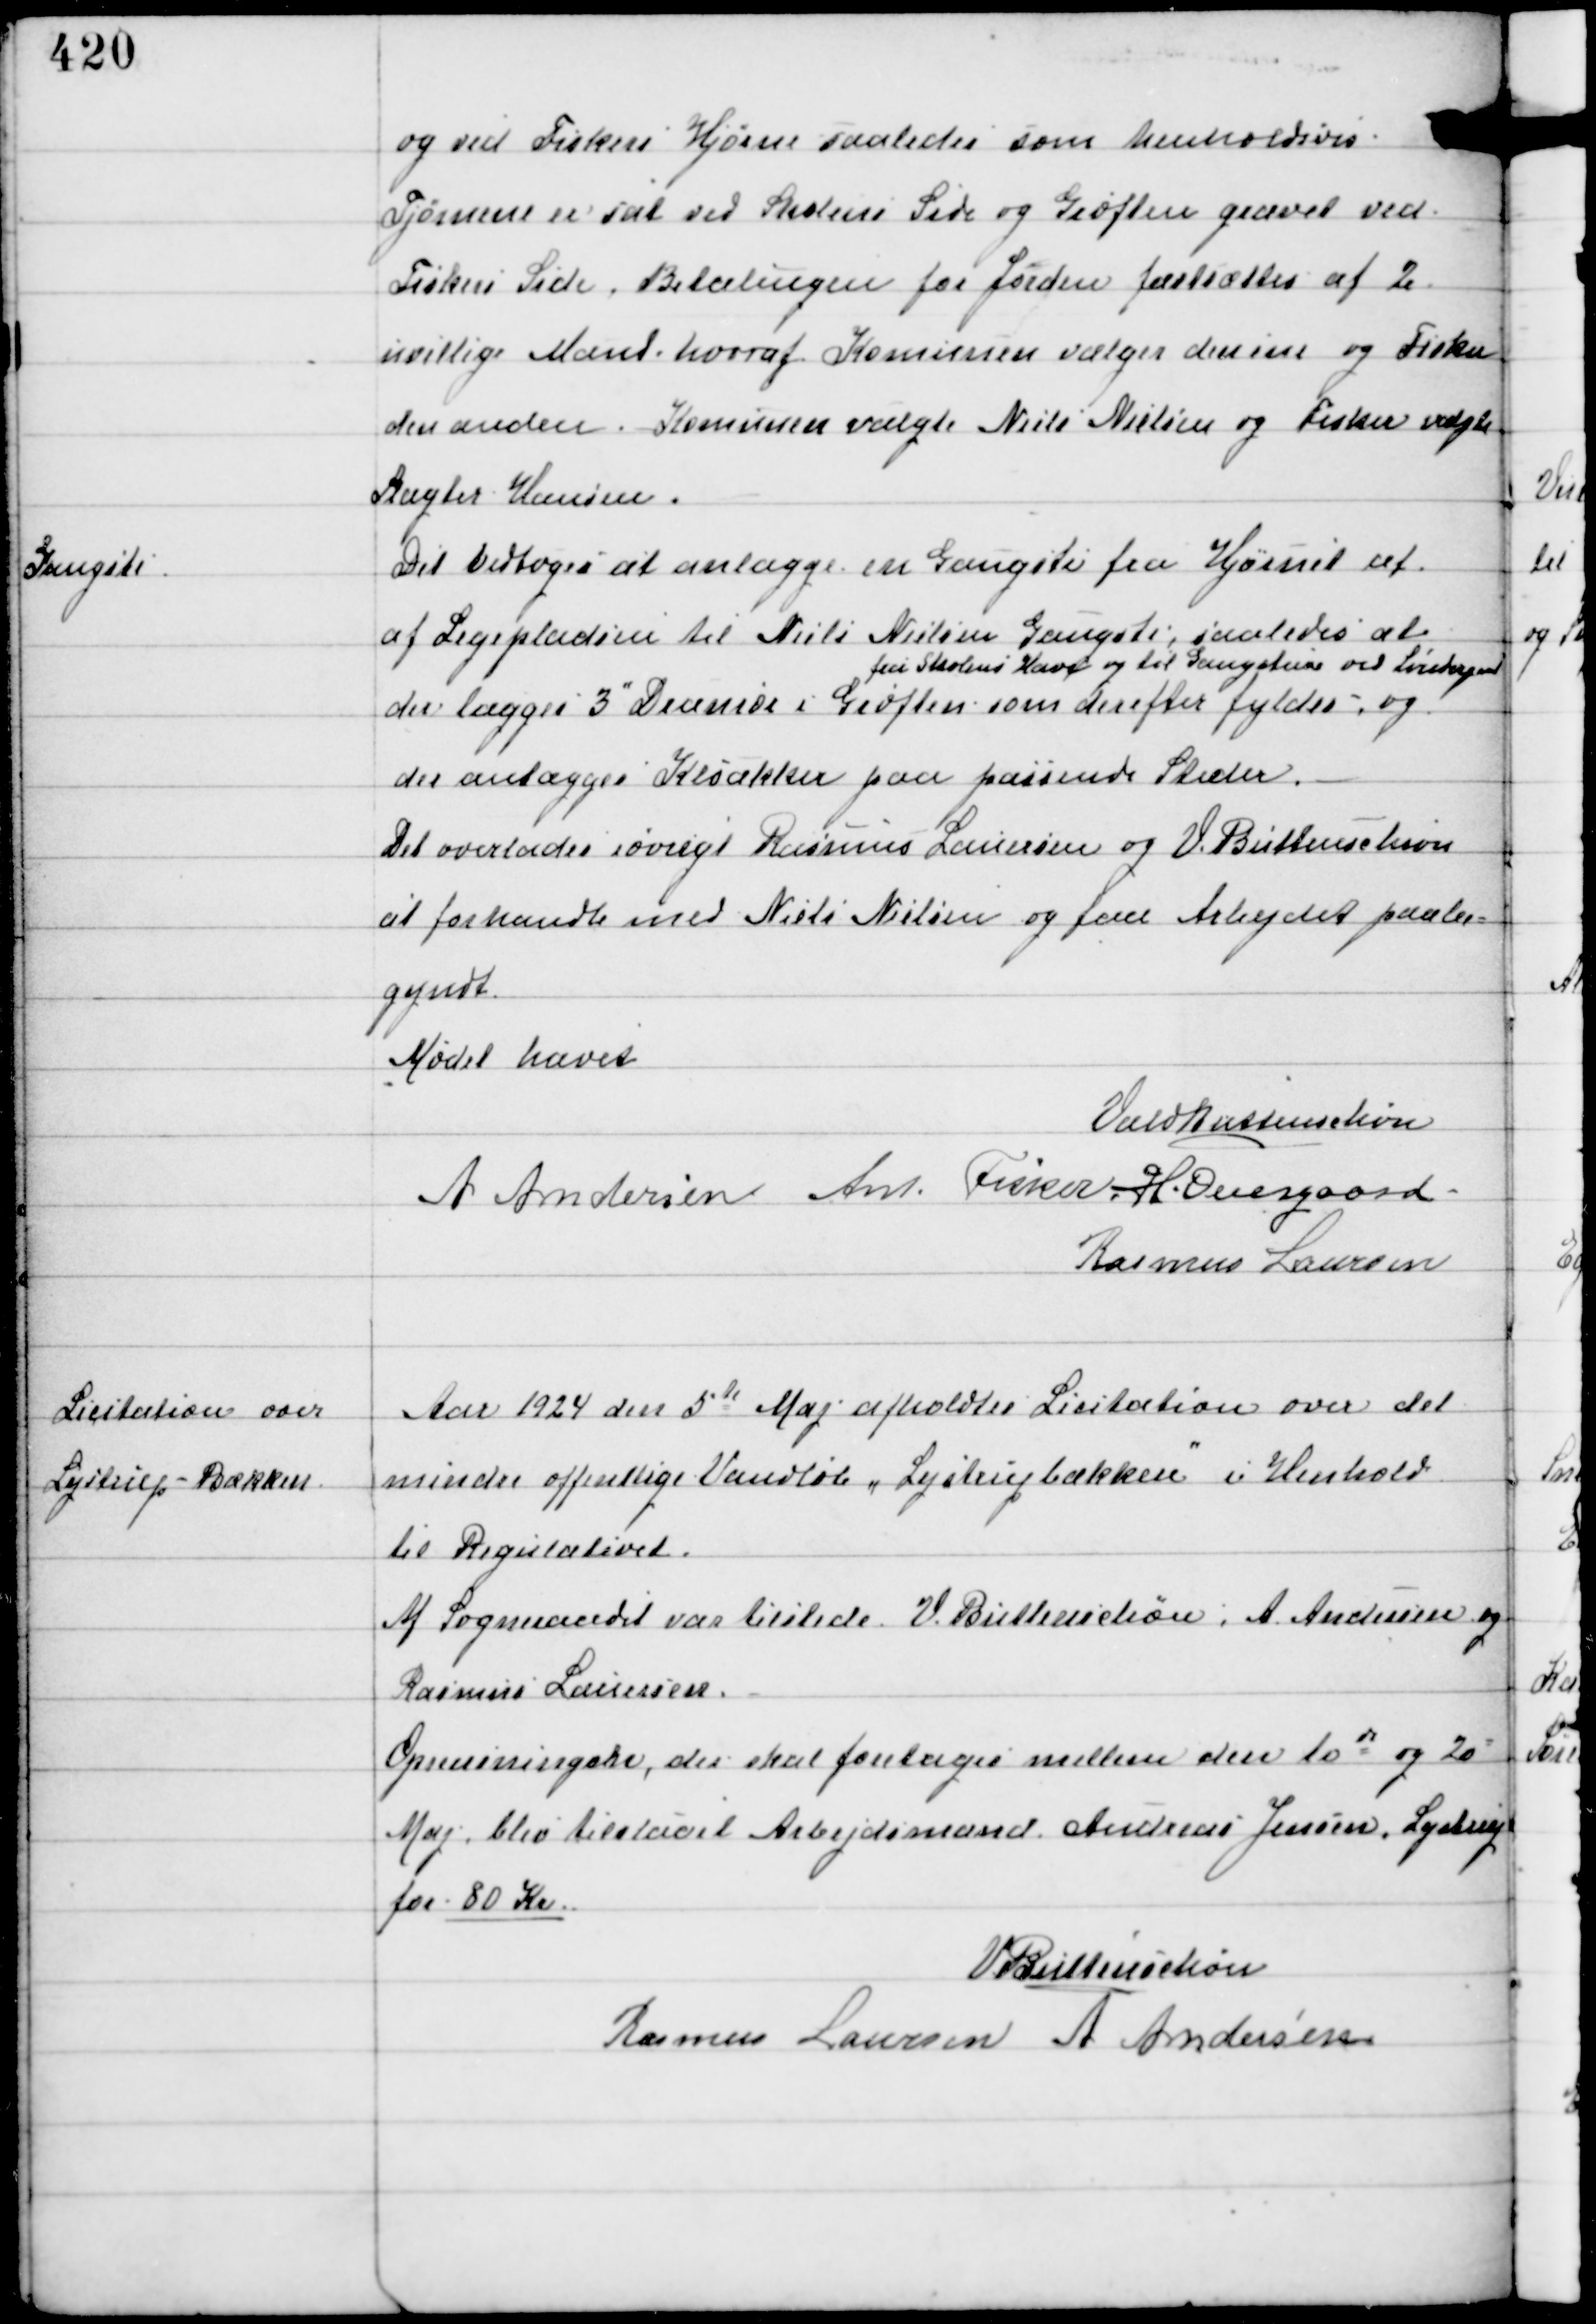
Transskription:
og ved Fiskers Hjørne saaledes som henholdsvis
Tjørnene er sat ved Skolens Side og Grøften gravet ved
Fiskers Side. Betalingen for Jorden fastsættes af 2
uvillige Mænd, hvoraf Komunen vælger den ene og Fisker
den anden. Komunen valgte Niels Nielsen og Fisker valgte
Slagter Hansen.

Gangsti

Det vedtoges at anlægge en Gangsti fra Hjørnet af
af Legepladsen til Niels Nielsens Gangsti, saaledes at
der lægges 3" Drænrør i Grøften
fra Skolens Have og til Gangstien ved Løvskovgaard
som derefter fyldes, og
der anlægges Kloakker på passende Steder.
Det overlodes iøvrigt Rasmus Laursen og V. Buttenschøn
at forhandle med Niels Nielsen og faa Arbejdet paabe-
gyndt

Mødet hævet
Vald Buttenschøn
A Andersen Ant. Fisker H. Overgaard
Rasmus Laursen

Licitation over
Lystrup-Bækken

Aar 1924 den 5te Maj afholdtes Licitation over det
mindre offentlige Vandløb, "Lystrupbækken" i Henhold
til Regulativet.
Af Sogneraadet var tilstede V. Buttenschøn A Andersen og
Rasmus Laursen
Oprensningen der skal foretages mellem den 10de og 20d
Maj blev tilstaaet Arbejdsmand Andreas Jensen, Lystrup
for 80 Kr.

V Buttenschøn
Rasmus Laursen A Andersen